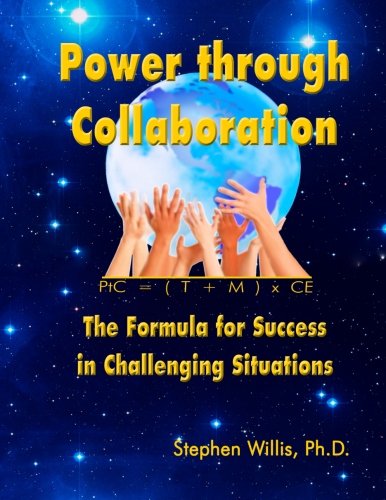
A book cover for Power through Collaboration: The Formula for Success in Challenging Situations; Stephen Willis Ph.D.; Business & Money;